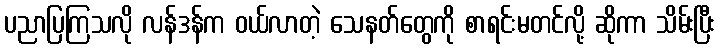
ပညာပြကြသလို လန်ဒန်က ဝယ်လာတဲ့ သေနတ်တွေကို စာရင်းမတင်လို့ ဆိုကာ သိမ်းပြီး